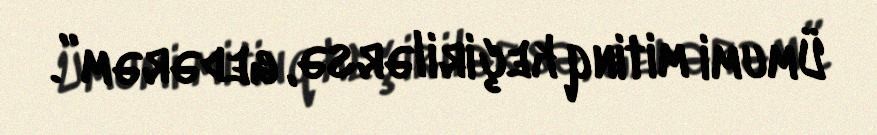
Ümumi mitinq keçirilərsə, gedərəm”.